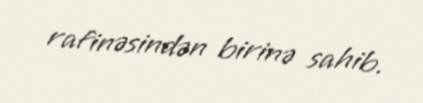
rafinəsindən birinə sahib.